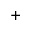
^ +